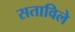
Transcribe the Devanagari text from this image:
सताविले